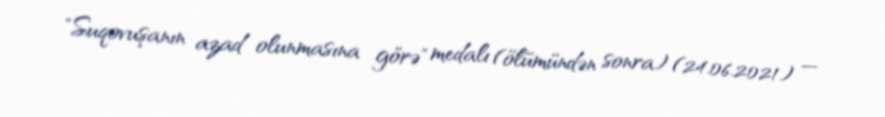
"Suqovuşanın azad olunmasına görə" medalı (ölümündən sonra) (24.06.2021) —